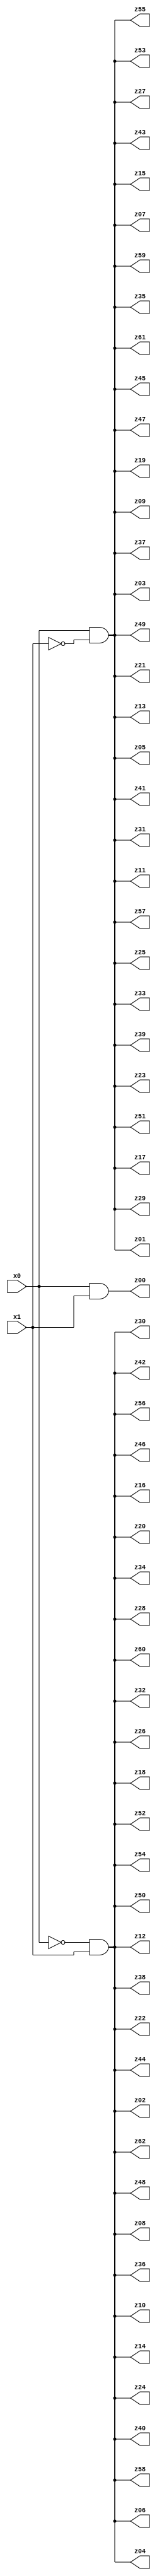
// Benchmark "q_11" written by ABC on Mon Jul 10 18:45:53 2023

module q_11 ( 
    x0, x1,
    z00, z01, z02, z03, z04, z05, z06, z07, z08, z09, z10, z11, z12, z13,
    z14, z15, z16, z17, z18, z19, z20, z21, z22, z23, z24, z25, z26, z27,
    z28, z29, z30, z31, z32, z33, z34, z35, z36, z37, z38, z39, z40, z41,
    z42, z43, z44, z45, z46, z47, z48, z49, z50, z51, z52, z53, z54, z55,
    z56, z57, z58, z59, z60, z61, z62  );
  input  x0, x1;
  output z00, z01, z02, z03, z04, z05, z06, z07, z08, z09, z10, z11, z12, z13,
    z14, z15, z16, z17, z18, z19, z20, z21, z22, z23, z24, z25, z26, z27,
    z28, z29, z30, z31, z32, z33, z34, z35, z36, z37, z38, z39, z40, z41,
    z42, z43, z44, z45, z46, z47, z48, z49, z50, z51, z52, z53, z54, z55,
    z56, z57, z58, z59, z60, z61, z62;
  assign z00 = x0 & x1;
  assign z01 = x0 & ~x1;
  assign z02 = ~x0 & x1;
  assign z03 = x0 & ~x1;
  assign z04 = ~x0 & x1;
  assign z05 = x0 & ~x1;
  assign z06 = ~x0 & x1;
  assign z07 = x0 & ~x1;
  assign z08 = ~x0 & x1;
  assign z09 = x0 & ~x1;
  assign z10 = ~x0 & x1;
  assign z11 = x0 & ~x1;
  assign z12 = ~x0 & x1;
  assign z13 = x0 & ~x1;
  assign z14 = ~x0 & x1;
  assign z15 = x0 & ~x1;
  assign z16 = ~x0 & x1;
  assign z17 = x0 & ~x1;
  assign z18 = ~x0 & x1;
  assign z19 = x0 & ~x1;
  assign z20 = ~x0 & x1;
  assign z21 = x0 & ~x1;
  assign z22 = ~x0 & x1;
  assign z23 = x0 & ~x1;
  assign z24 = ~x0 & x1;
  assign z25 = x0 & ~x1;
  assign z26 = ~x0 & x1;
  assign z27 = x0 & ~x1;
  assign z28 = ~x0 & x1;
  assign z29 = x0 & ~x1;
  assign z30 = ~x0 & x1;
  assign z31 = x0 & ~x1;
  assign z32 = ~x0 & x1;
  assign z33 = x0 & ~x1;
  assign z34 = ~x0 & x1;
  assign z35 = x0 & ~x1;
  assign z36 = ~x0 & x1;
  assign z37 = x0 & ~x1;
  assign z38 = ~x0 & x1;
  assign z39 = x0 & ~x1;
  assign z40 = ~x0 & x1;
  assign z41 = x0 & ~x1;
  assign z42 = ~x0 & x1;
  assign z43 = x0 & ~x1;
  assign z44 = ~x0 & x1;
  assign z45 = x0 & ~x1;
  assign z46 = ~x0 & x1;
  assign z47 = x0 & ~x1;
  assign z48 = ~x0 & x1;
  assign z49 = x0 & ~x1;
  assign z50 = ~x0 & x1;
  assign z51 = x0 & ~x1;
  assign z52 = ~x0 & x1;
  assign z53 = x0 & ~x1;
  assign z54 = ~x0 & x1;
  assign z55 = x0 & ~x1;
  assign z56 = ~x0 & x1;
  assign z57 = x0 & ~x1;
  assign z58 = ~x0 & x1;
  assign z59 = x0 & ~x1;
  assign z60 = ~x0 & x1;
  assign z61 = x0 & ~x1;
  assign z62 = ~x0 & x1;
endmodule